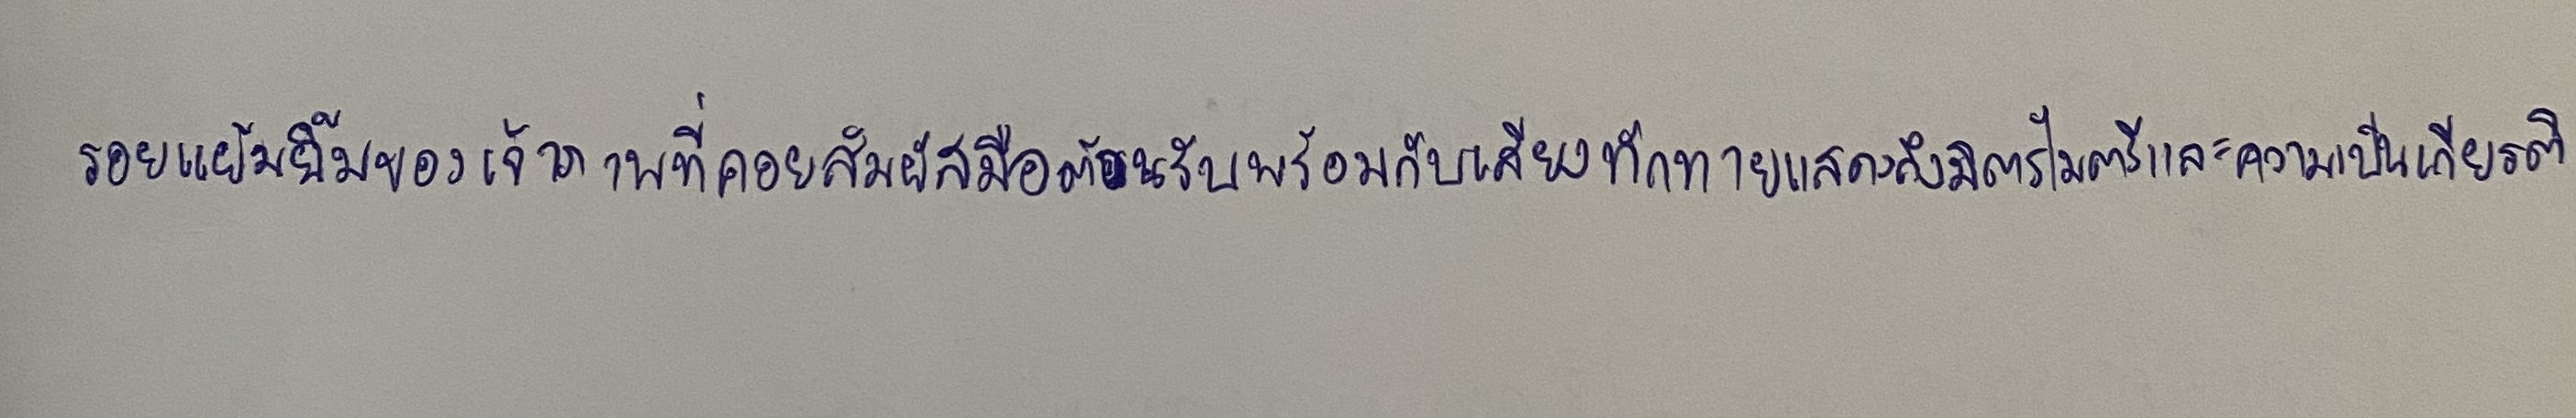
รอยแย้มยิ้มของเจ้าภาพที่คอยสัมผัสมือต้อนรับพร้อมกับเสียงทักทายแสดงถึงมิตรไมตรีและความเป็นเกียรติ